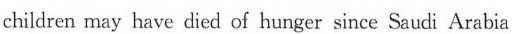
children may have died of hunger since Saudi Arabia